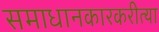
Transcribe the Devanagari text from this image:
समाधानकारकरीत्या